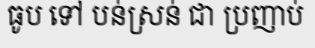
ធូប ទៅ បន់ស្រន់ ជា ប្រញាប់